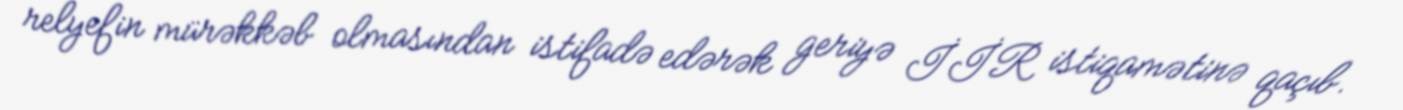
relyefin mürəkkəb olmasından istifadə edərək geriyə İİR istiqamətinə qaçıb.